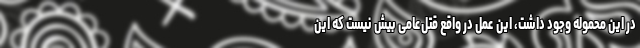
در این محموله وجود داشت، این عمل در واقع قتل‌عامی بیش نیست که این